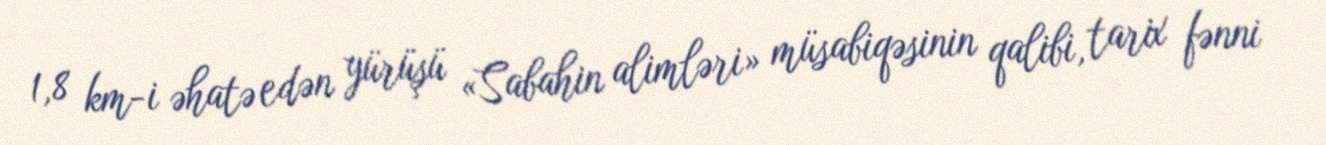
1,8 km-i əhatə edən yürüşü «Sabahin alimləri» müsabiqəsinin qalibi, tarix fənni